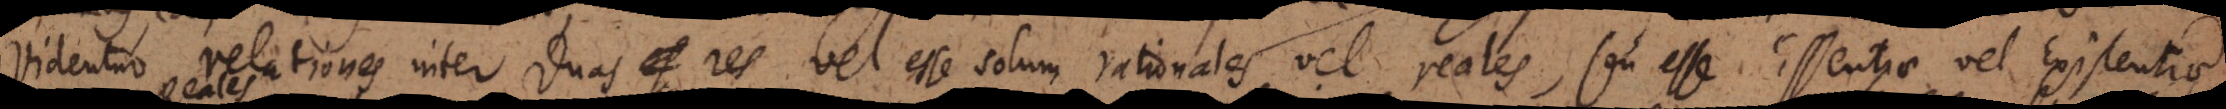
Videntur relationes inter duas res vel esse solum rationales vel reales, seu esse Essentiae vel Existentiae